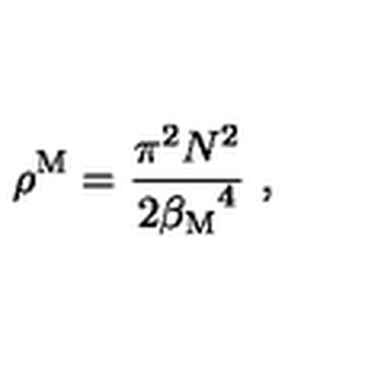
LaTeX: \rho ^ { \mathrm { M } } = { \frac { \pi ^ { 2 } N ^ { 2 } } { 2 { { \beta } _ { \mathrm { M } } } ^ { 4 } } } \ ,